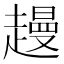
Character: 䟂